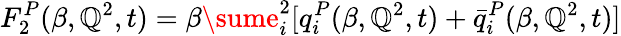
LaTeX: F_{2}^{P}(\beta,\mathbb{Q}^{2},t)=\beta\sume_{i}^{2}[q_{i}^{P}(\beta,\mathbb{Q}^{2},t)+\bar{{q}}_{i}^{P}(\beta,\mathbb{Q}^{2},t)]